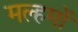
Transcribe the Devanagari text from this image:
मल्हमों